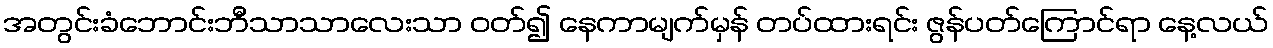
အတွင်းခံဘောင်းဘီသာသာလေးသာ ဝတ်၍ နေကာမျက်မှန် တပ်ထားရင်း ဇွန်ပတ်ကြောင်ရာ နေ့လယ်